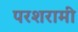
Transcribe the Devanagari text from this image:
परशरामी